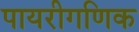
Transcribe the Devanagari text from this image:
पायरीगणिक